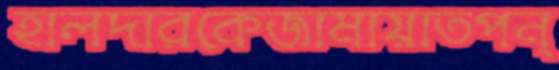
হালদারকেজামায়াতপন্